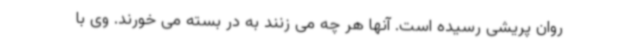
روان پریشی رسیده است. آنها هر چه می زنند به در بسته می خورند. وی با